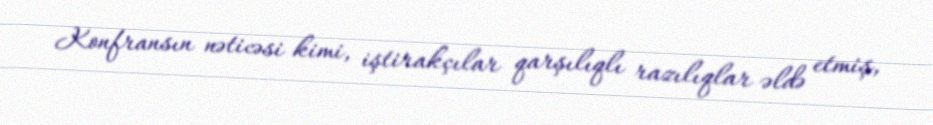
Konfransın nəticəsi kimi, iştirakçılar qarşılıqlı razılıqlar əldə etmiş,